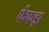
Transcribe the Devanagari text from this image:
फेंफड़ा